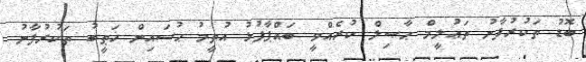
ބޮޑު ތަކުރުފާނު ތަޢުލީމް ޙާޞިލް ކުރެއްވީ ބައްޕާފުޅު އުތީމު ޙުސައިން ޚަޠީބު ތަކުރުފާނު